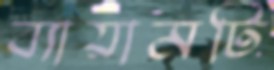
ব্যায়ামটি